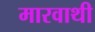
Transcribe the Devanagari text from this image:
मारवाथी